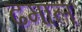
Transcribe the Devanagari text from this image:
ढमाल